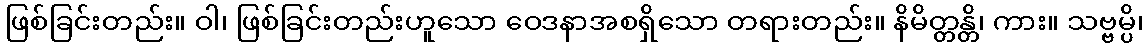
ဖြစ်ခြင်းတည်း။ ဝါ၊ ဖြစ်ခြင်းတည်းဟူသော ဝေဒနာအစရှိသော တရားတည်း။ နိမိတ္တန္တိ၊ ကား။ သဗ္ဗမ္ပိ၊